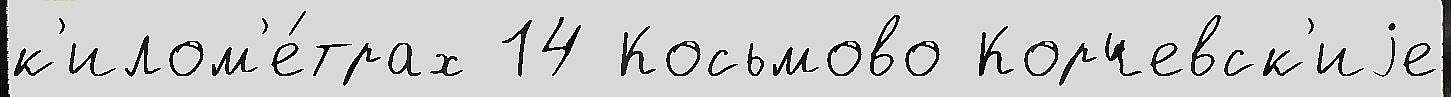
к'илом'е́трах 14 Косьмово Корчевск'иjе